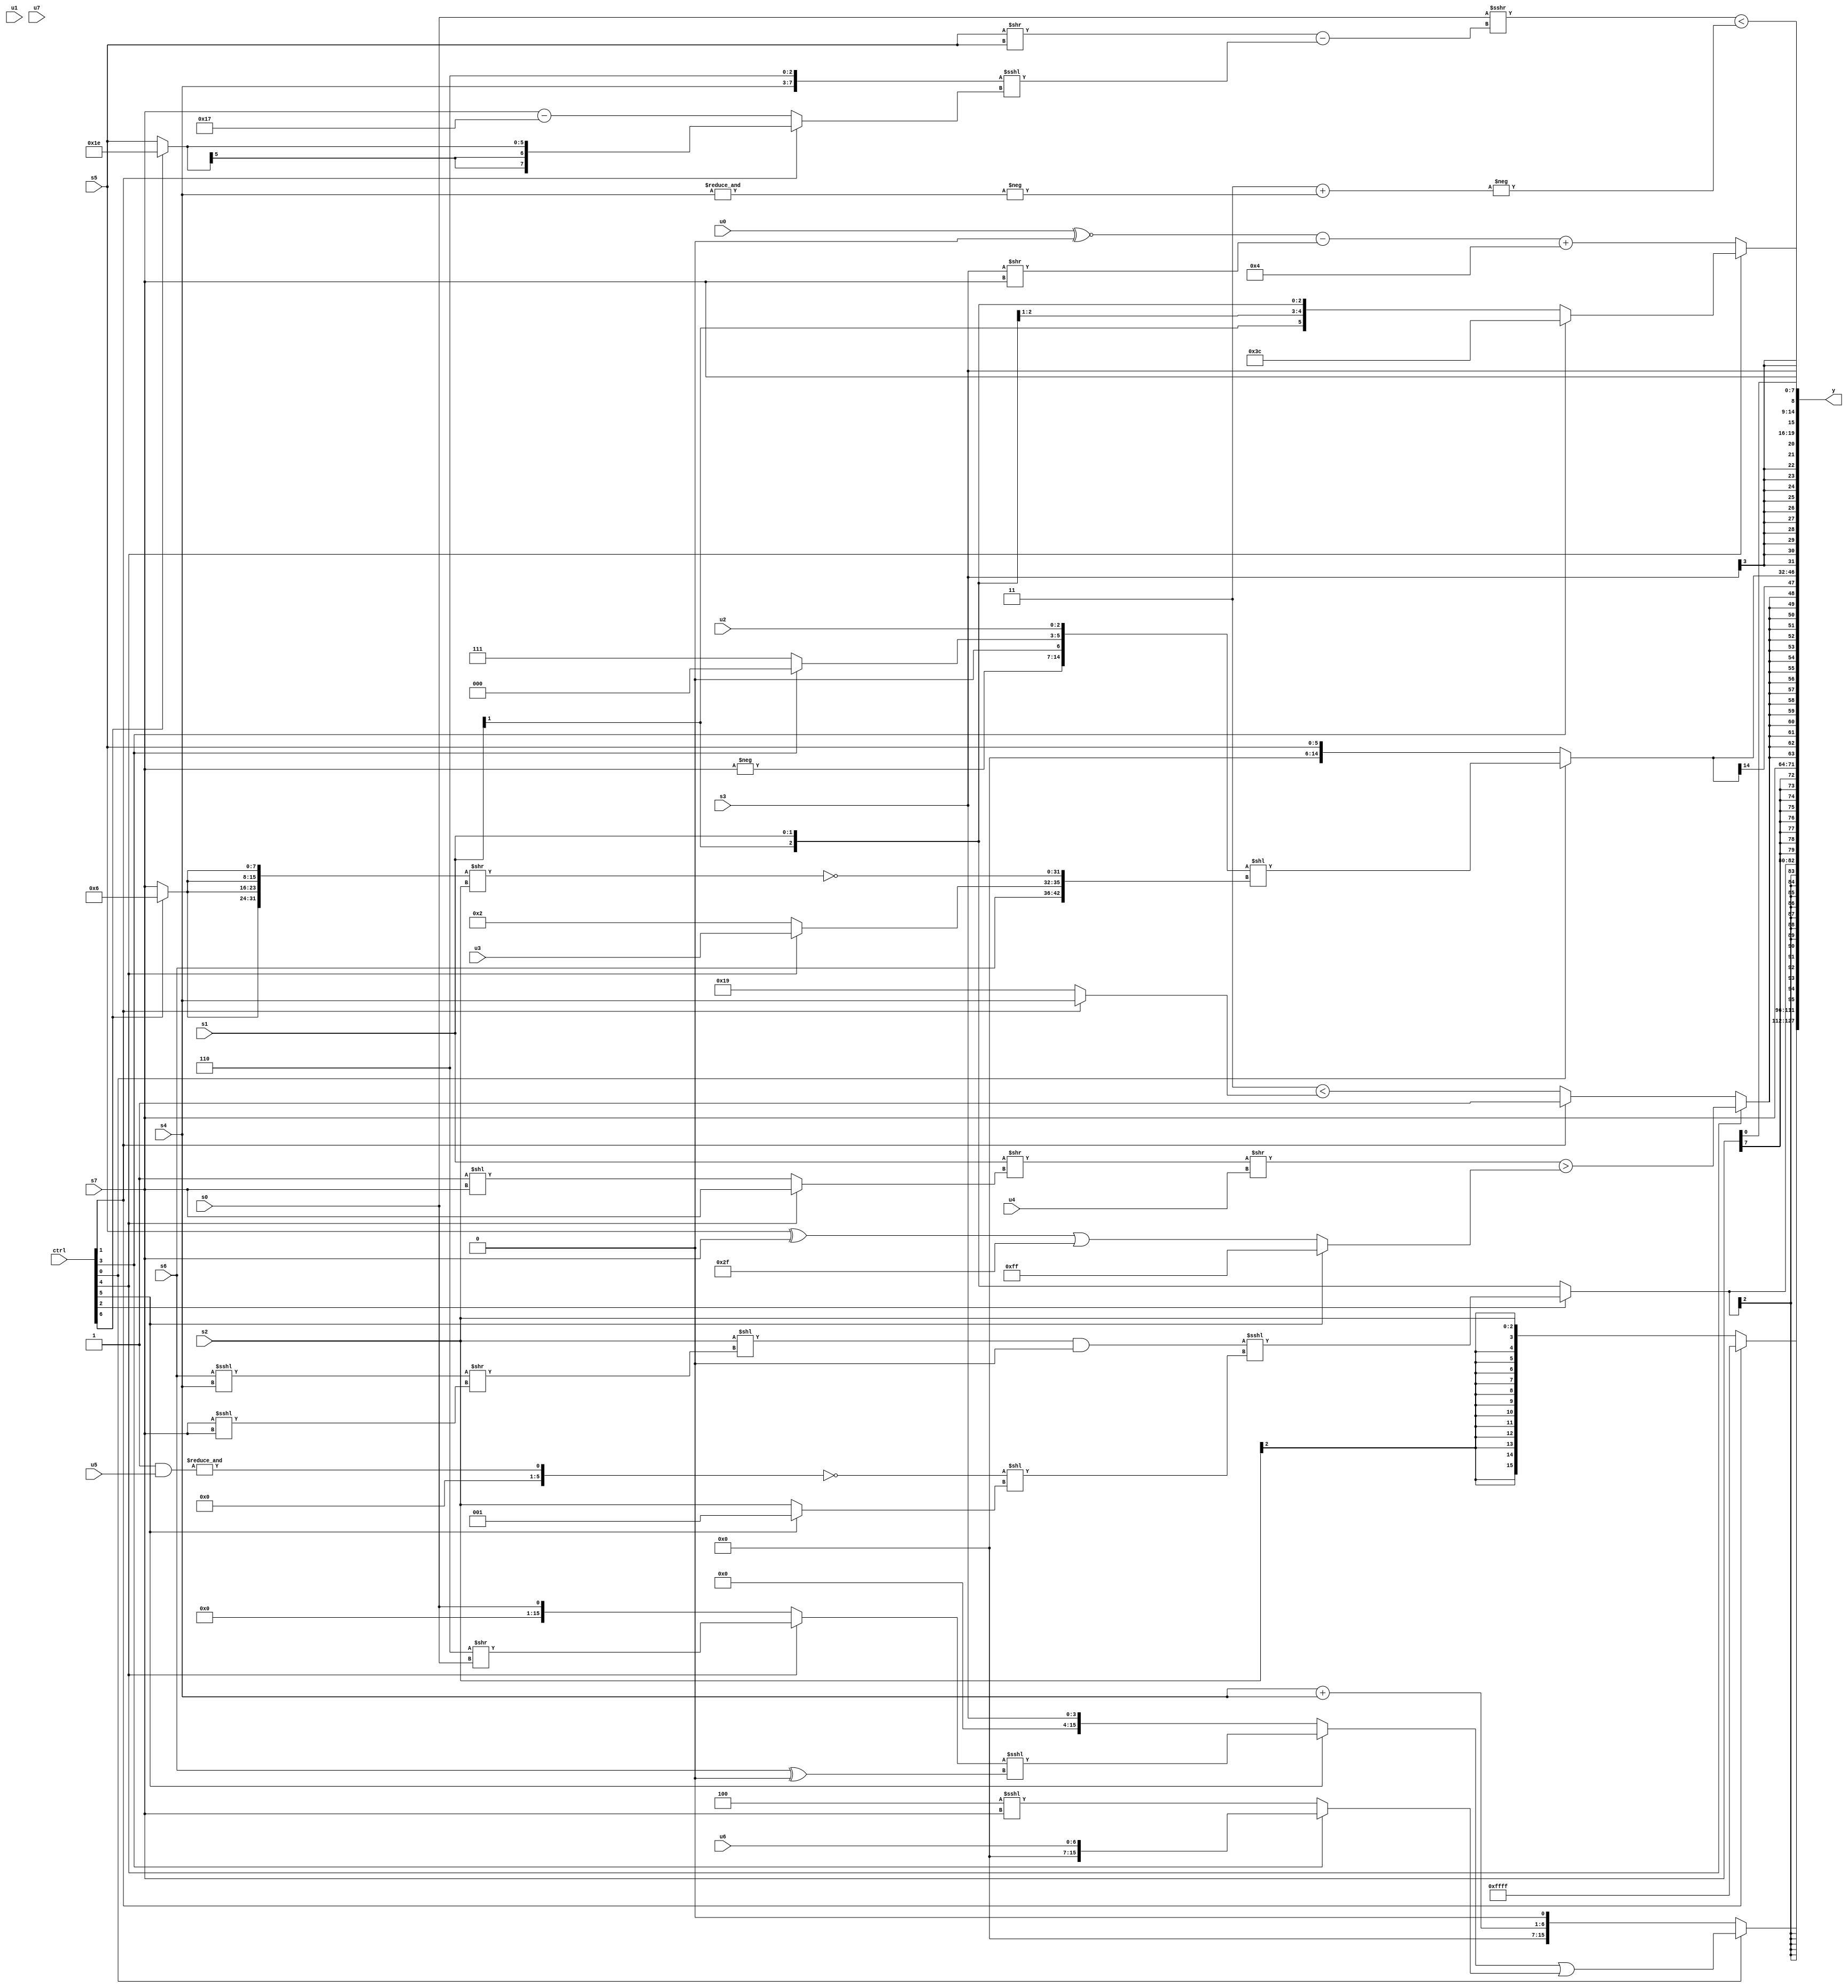
module wideexpr_00400(ctrl, u0, u1, u2, u3, u4, u5, u6, u7, s0, s1, s2, s3, s4, s5, s6, s7, y);
  input [7:0] ctrl;
  input [0:0] u0;
  input [1:0] u1;
  input [2:0] u2;
  input [3:0] u3;
  input [4:0] u4;
  input [5:0] u5;
  input [6:0] u6;
  input [7:0] u7;
  input signed [0:0] s0;
  input signed [1:0] s1;
  input signed [2:0] s2;
  input signed [3:0] s3;
  input signed [4:0] s4;
  input signed [5:0] s5;
  input signed [6:0] s6;
  input signed [7:0] s7;
  output [127:0] y;
  wire [15:0] y0;
  wire [15:0] y1;
  wire [15:0] y2;
  wire [15:0] y3;
  wire [15:0] y4;
  wire [15:0] y5;
  wire [15:0] y6;
  wire [15:0] y7;
  assign y = {y0,y1,y2,y3,y4,y5,y6,y7};
  assign y0 = (ctrl[1]?(ctrl[0]?1'sb1:1'sb1):s2);
  assign y1 = (ctrl[0]?((ctrl[5]?((ctrl[4]?(4'sb0110)>>(s0):$signed(s0)))<<<($signed((s6)^(3'sb000))):s3))|((ctrl[3]?+(u6):(5'sb00100)<<<($signed(s7)))):(+((s4)+(s4)))<<($signed(4'sb0001)));
  assign y2 = $signed((ctrl[2]?(((s2)<<(((s6)<<<(s4))>>((s7)<<<(s7))))&(2'sb00))<<<(((&((2'sb01)&(u5)))==(((s5)>>(5'sb10000))<<<((1'sb1)>>>(2'sb01))))<<((ctrl[5]?2'sb01:s2))):s1));
  assign y3 = s7;
  assign y4 = $signed((ctrl[4]?(((s1)>>((ctrl[4]?s7:(2'sb11)<<(s7))))>>(u4))>((ctrl[5]?1'sb1:($signed((s5)^(s7)))|($signed((5'sb01111)|(6'sb101001))))):(ctrl[1]?{1'sb1}:$signed((3'sb011)<(+((ctrl[1]?s4:6'b011001)))))));
  assign y5 = $signed((ctrl[0]?({-(s7),$signed($signed((ctrl[3]?1'sb0:4'sb0111))),u2})<<({{(1'sb0)>>($signed((6'sb011101)|(1'sb1)))},s6,(ctrl[4]?u3:2'b10),~(({4{(ctrl[6]?4'sb0110:s7)}})>>(s2))}):s5));
  assign y6 = s3;
  assign y7 = {4{{$signed((ctrl[4]?(ctrl[3]?6'sb111100:s1):((($signed(u0))^~($signed(4'b0000)))-(($signed(s3))>>({1{s7}})))+((((ctrl[0]?1'sb1:1'sb1))>>>(3'sb001))^(4'sb1011)))),(($signed(+(s0)))>>>((+(($unsigned(s5))>>({1{s5}})))-(($signed({s4,3'sb110}))<<<((ctrl[1]?(ctrl[6]?6'sb011110:s5):(s7)-(6'sb010111))))))<(-($unsigned((+($unsigned(2'sb11)))+(-(&(s4)))))),s7}}};
endmodule